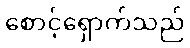
စောင့်ရှောက်သည်